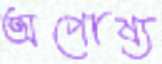
অপোষ্য